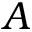
A